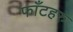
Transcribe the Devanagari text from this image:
फाँटहरु